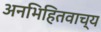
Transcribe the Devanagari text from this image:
अनभिहितवाच्य